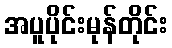
အပူပိုင်းမုန်တိုင်း